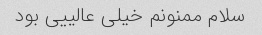
سلام ممنونم خیلی عالییی بود